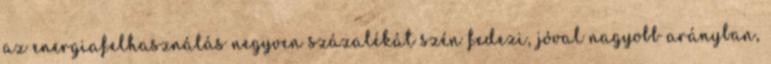
az energiafelhasználás negyven százalékát szén fedezi, jóval nagyobb arányban,